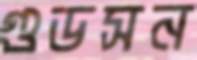
গুডসন